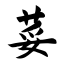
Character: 荽